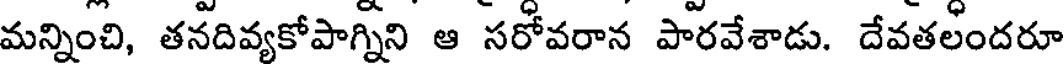
మన్నించి, తనదివ్యకోపాగ్నిని ఆ సరోవరాన పారవేశాడు. దేవతలందరూ